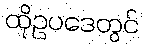
ထိုဥပဒေတွင်